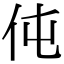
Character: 伅